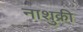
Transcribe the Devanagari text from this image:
नाशुक्री